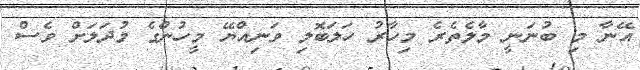
އޭނާ މި ބުނަނީ މާލެތެރެ މިހާރު ހަލަބޮލި ވަނިއްޔޭ މީހުންގެ މުދަލަށް ވެސް